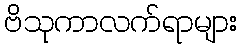
ဗိသုကာလက်ရာများ